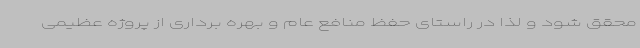
محقق شود و لذا در راستای حفظ منافع عام و بهره برداری از پروژه عظیمی